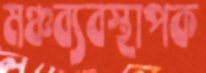
মঞ্চব্যবস্থাপক